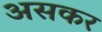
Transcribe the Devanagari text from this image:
असकर